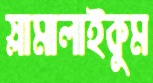
স্লামালাইকুম